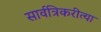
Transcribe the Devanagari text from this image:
सार्वत्रिकरीत्या